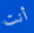
أنت